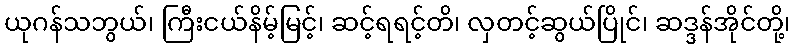
ယုဂန်သဘွယ်၊ ကြီးငယ်နိမ့်မြင့်၊ ဆင့်ရရင့်တိ၊ လှတင့်ဆွယ်ပြိုင်၊ ဆဒ္ဒန်အိုင်တို့၊